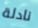
نادلة